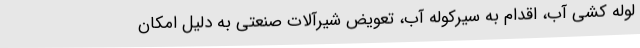
لوله کشی آب، اقدام به سیرکوله آب، تعویض شیرآلات صنعتی به دلیل امکان